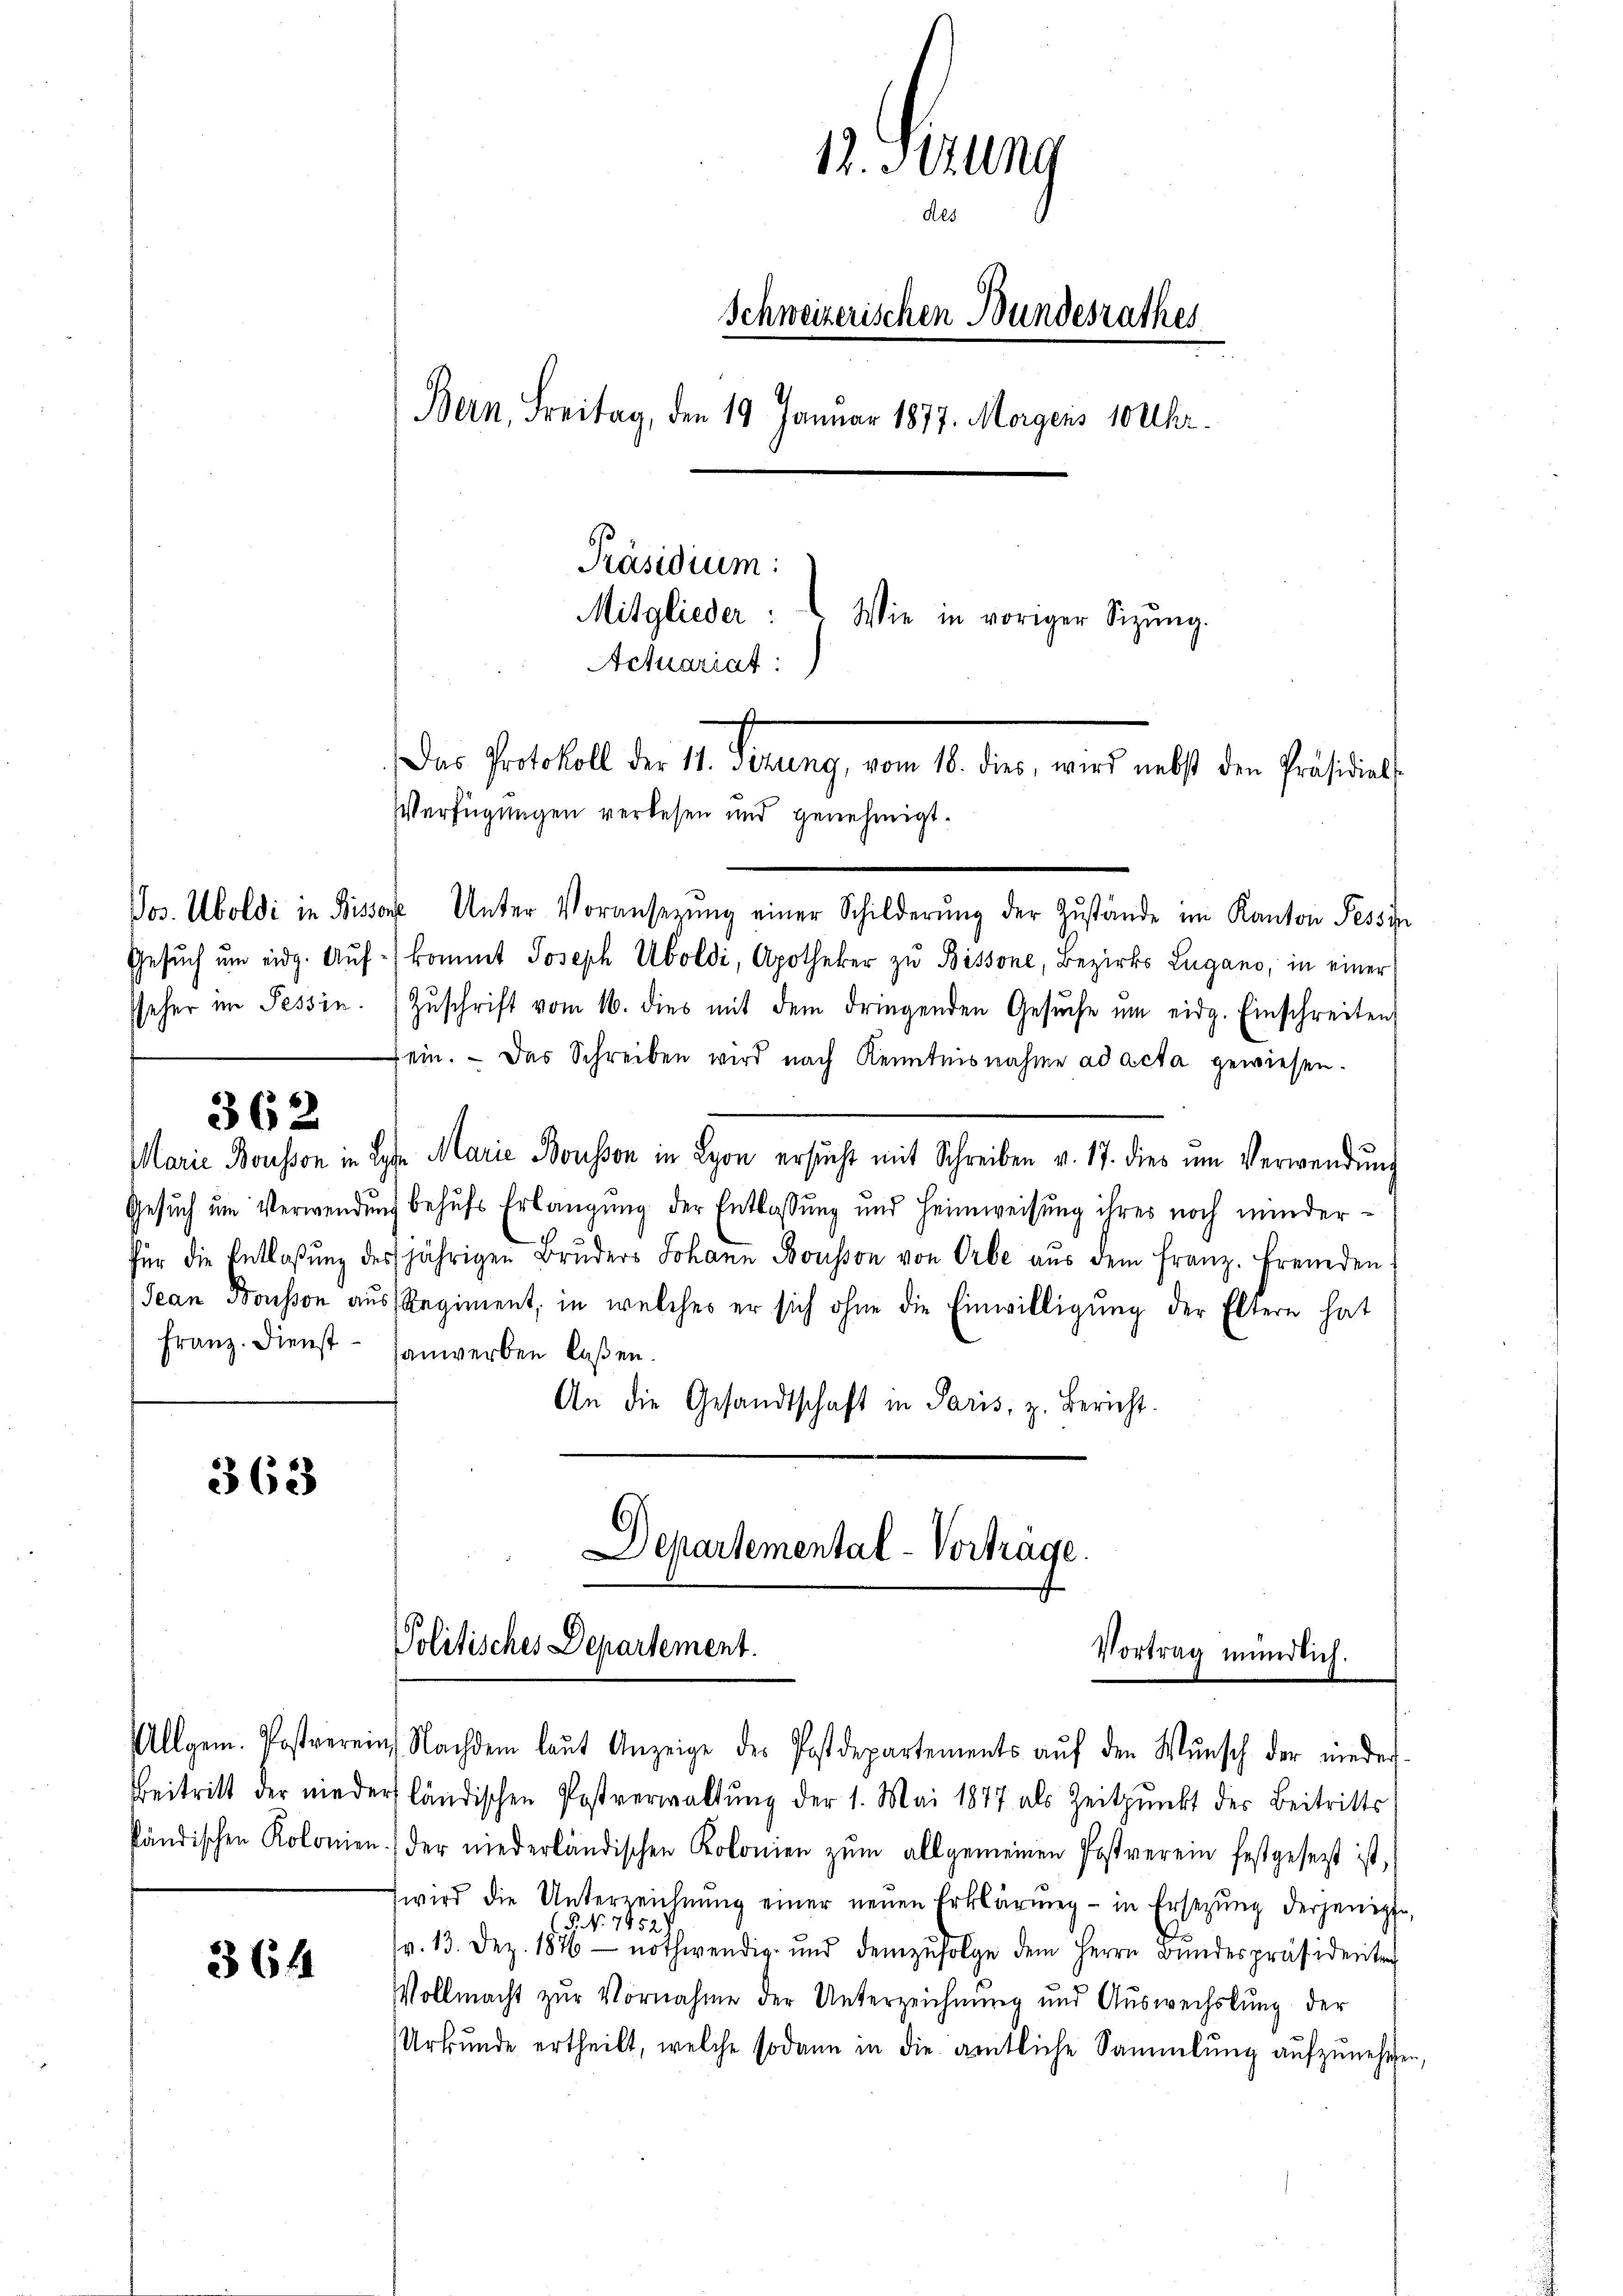
362

363

Allgem. Postverei
Beitritt der niede
fändischen Kolonien

364

Vos. Uboldi in Kissene Unter Voransetzŭng einer Schilderŭng der Zŭstände im Kanton Tessin
Gesuch um eidg. Aufkommt Joseph Uboldi, Apotheker zu Bissone, Bezirks Lugano, in einer
seher im Tessin. Zŭschrift vom 16. dies mit dem dringenden Gesŭche ŭm eidg. Einschreiten,
sein. - Das Schreiben wird nach Kenntnisnahme ad acta gewiesen.
Marie Bousson in Lose Marie Bousson in Lyon ersŭcht mit Schreiben v. 17. dies um Verwendŭng
Gesuch um Verwendung behufs Erlangung der Entlassung und Heimweisung ihres noch minderfür die Entlaβŭng des jährigen Brŭders Johann Bousson von Orbe aŭs dem franz. Fremden
Jean Bousson aus Regiment, in welches er sich ohne die Einwilligung der Eltern hat
Franz. Dienst - sanwerben laßen.
An die Gesandtschaft in Paris, z. Bericht.

12. Setzung
Als
Schweizerischen Bundesrathes
Bern, Freitag, den 19. Januar 1877. Morgens 10 Uhr.
Präsidium:
Mitglieder: Wie in voriger Sizŭng.
Actuariat

Der Potthalt der 1. Denung, vom 18. den, dies nebst der Fristian
Verfügungen verlesen und genehmigt.

Departemental-Vortrage.
Politisches Departement.
Vortrag mündlich.

Nachdem laut Anzeige des Postdepartements auf den Wunsch der niederer ländischen Postverwaltung der 1. Mai 1877 als Zeitpunkt der Beitritts
 der niederländischen Kolonien zŭm allgemeinen Postverein festgesetzt ist,
wird die Unterzeichnŭng einer neuen Erklärung - in Ersetzŭng derjenige,
5. No. 7952.
(v. 13. Dez. 1876 nothwendig und demzufolge dem Herrn Bindespräsidenten
Vollmacht zur Vornahme der Unterzeichnung und Auswechslung der
Urkŭnde ertheilt, welche sodann in die amtliche Sammlung aŭfzŭnehmen,